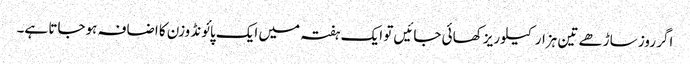
اگر روز ساڑھے تین ہزار کیلوریز کھائی جائیں تو ایک ہفتہ میں ایک پائونڈ وزن کا اضافہ ہوجاتا ہے۔